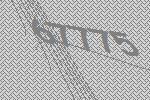
67775